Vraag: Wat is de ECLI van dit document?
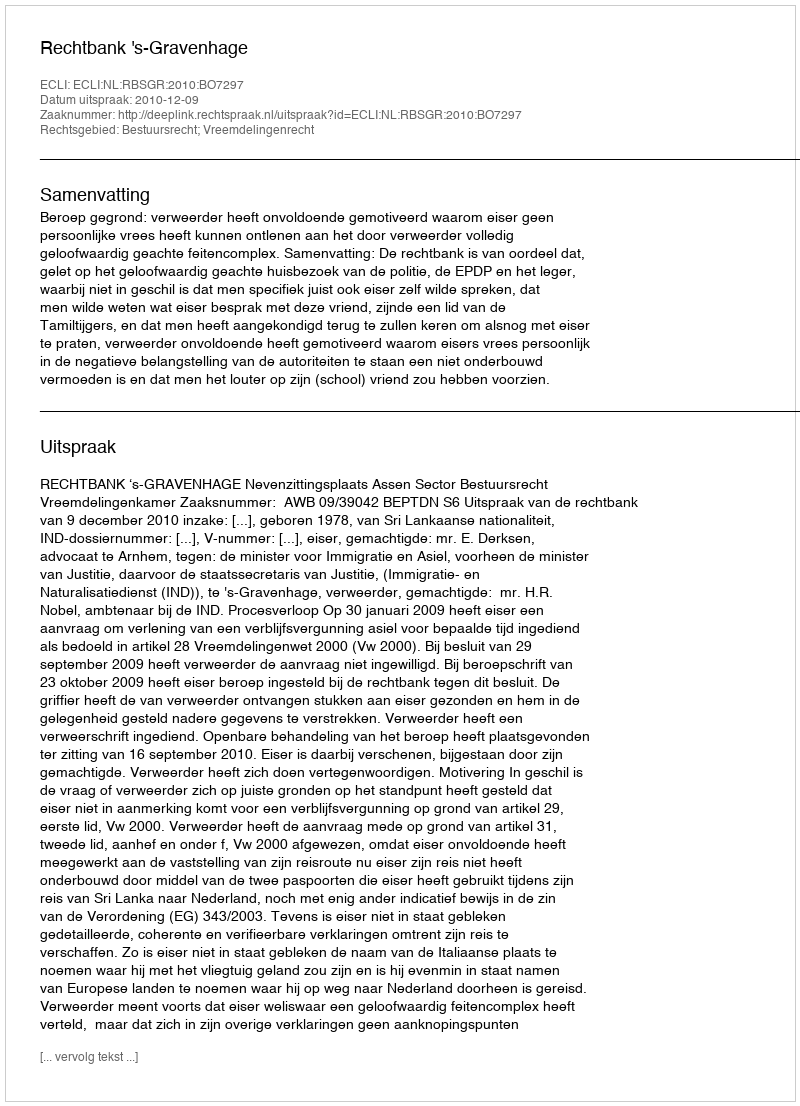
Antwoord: ECLI:NL:RBSGR:2010:BO7297